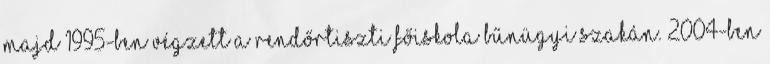
majd 1995-ben végzett a Rendőrtiszti Főiskola Bűnügyi Szakán. 2004-ben